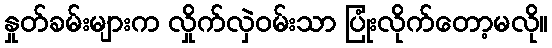
နှုတ်ခမ်းများက လှိုက်လှဲဝမ်းသာ ပြုံးလိုက်တော့မလို။